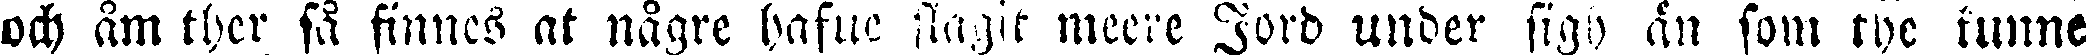
och åm ther så finnes at någre hafve slagit meere Jord under sigh än som the kunne